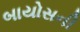
બાયોસની